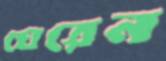
ঘেরেন